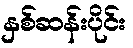
နှစ်ဆန်းပိုင်း